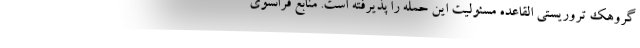
گروهک تروریستی القاعده مسئولیت این حمله را پذیرفته است. منابع فرانسوی